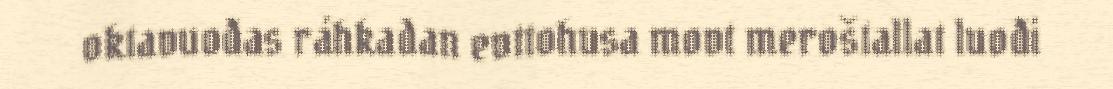
oktavuođas ráhkadan evttohusa movt meroštallat luođi